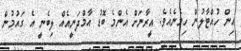
އިން ހުއްޓާލުން ހިމެނެއެވެ. އީރާނަށް އެންމެ ބޮޑު އާމްދަނީއެއް ލިބެނީ އެ ގައުމުން